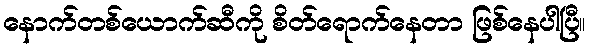
နောက်တစ်ယောက်ဆီကို စိတ်ရောက်နေတာ ဖြစ်နေပါပြီ။